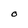
Character: O